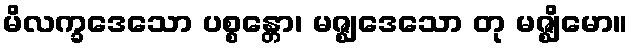
မိလက္ခဒေသော ပစ္စန္တော၊ မဇ္ဈဒေသော တု မဇ္ဈိမော။